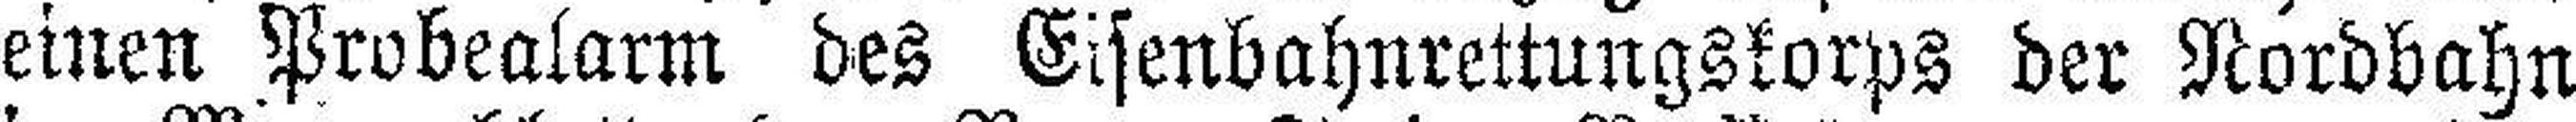
einen Probealarm des Eisenbahnrettungskorps der Nordbahn